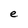
Character: e